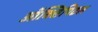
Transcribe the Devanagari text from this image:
ऑक्सिपिटल